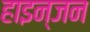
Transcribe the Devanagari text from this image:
हाइन्जन